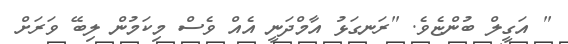
" އަގީލް ބުންޏެވެ. "ރަނގަޅު އާމްދަނީ އެއް ވެސް މިކަމުން ލިބޭ ވަރަށް